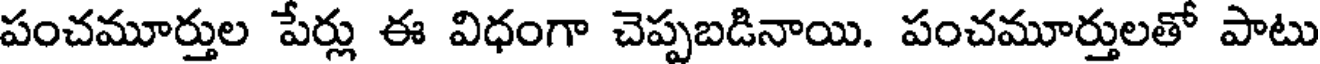
పంచమూర్తుల పేర్లు ఈ విధంగా చెప్పబడినాయి. పంచమూర్తులతో పాటు